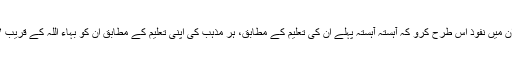
اس کا مطلب یہ ہے کہ ان میں نفوذ اس طرح کرو کہ آہستہ آہستہ پہلے ان کی تعلیم کے مطابق، ہر مذہب کی اپنی تعلیم کے مطابق ان کو بہاء اللہ کے قریب لانے کے لئے قائل کرو۔